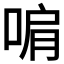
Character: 𭈞